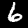
Label: 6